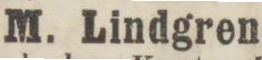
M. Lindgren,